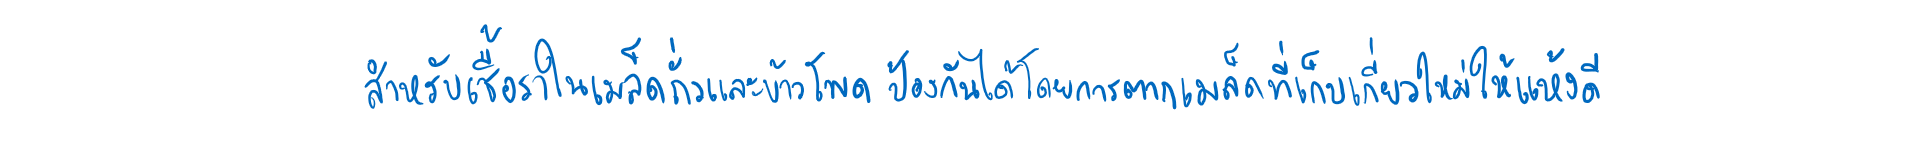
สำหรับเชื้อราในเมล็ดถั่วและข้าวโพดป้องกันได้โดยการตากเมล็ดที่เก็บเกี่ยวใหม่ให้แห้งดี